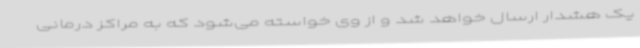
یک هشدار ارسال خواهد شد و از وی خواسته می‌شود که به مراکز درمانی